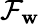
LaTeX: \mathcal{F}_{\mathbf{w}}